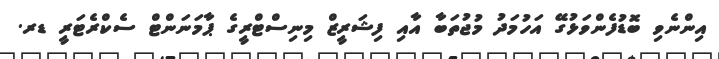
އިންނެވި ބޮޑުފެންވަޅުގޭ އަހުމަދު މުޖުތަބާ އާއި ފިޝަރީޒް މިނިސްޓްރީގެ ޕާމަނަންޓް ސެކްރެޓަރީ ޑރ.